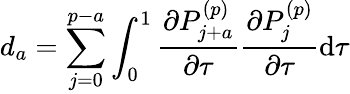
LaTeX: d_{a}=\sum_{j=0}^{p-a}\int_{0}^{1}\frac{\partial P_{j+a}^{(p)}}{\partial\tau}\frac{\partial P_{j}^{(p)}}{\partial\tau}\mathrm{d}\tau